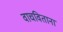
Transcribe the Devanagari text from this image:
वाचविताना